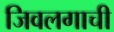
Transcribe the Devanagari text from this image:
जिवलगाची